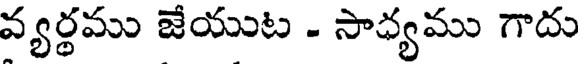
వ్యర్థము జేయుట - సాధ్యము గాదు